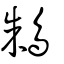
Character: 鴸